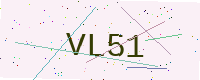
Text: VL51